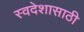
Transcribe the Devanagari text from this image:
स्वदेशासाठी